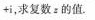
+ i$$，求复数z的值。